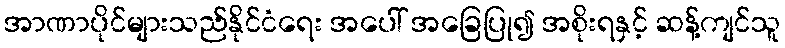
အာဏာပိုင်များသည်နိုင်ငံရေး အပေါ် အခြေပြု၍ အစိုးရနှင့် ဆန့်ကျင်သူ